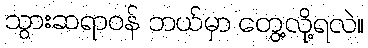
သွားဆရာဝန် ဘယ်မှာ တွေ့လို့ရလဲ။